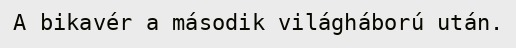
A bikavér a második világháború után.